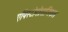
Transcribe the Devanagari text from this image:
एपिस्टोमोलाजिकल